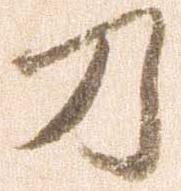
刀